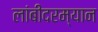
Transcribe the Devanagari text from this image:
लांबीदरम्यान